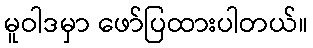
မူဝါဒမှာ ဖော်ပြထားပါတယ်။